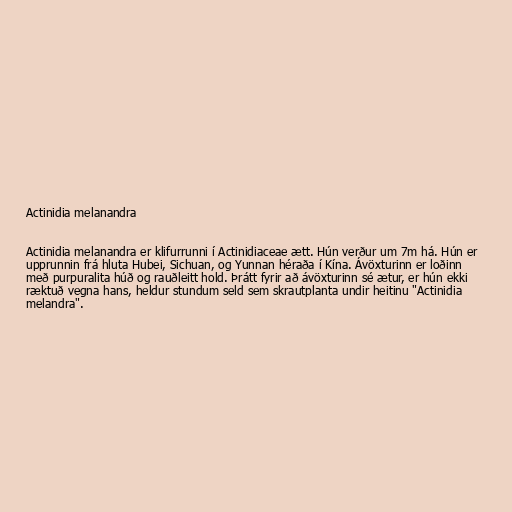
Actinidia melanandra

Actinidia melanandra er klifurrunni í Actinidiaceae ætt. Hún verður um 7m há. Hún er
upprunnin frá hluta Hubei, Sichuan, og Yunnan héraða í Kína. Ávöxturinn er loðinn
með purpuralita húð og rauðleitt hold. Þrátt fyrir að ávöxturinn sé ætur, er hún ekki
ræktuð vegna hans, heldur stundum seld sem skrautplanta undir heitinu "Actinidia
melandra".